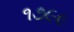
૧૭૯૯